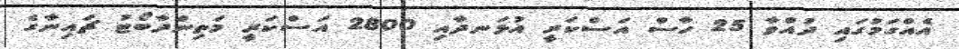
އެއްގަމުގައި ދުއްވާ 25 ހާސް އަސްކަރީ އުޅަނދާއި 2800 އަސްކަރީ މަތިންދާބޯޓު ޗައިނާގެ